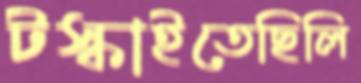
টস্‌কাইতেছিলি